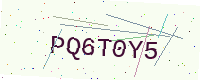
Text: PQ6T0Y5